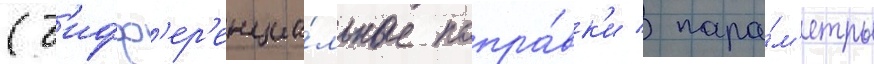
(д'ифф'ер'енциа́льные попра́вк'и / пара́м'етры